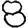
Digit: 8